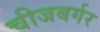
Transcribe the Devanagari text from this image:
चीजबर्गर